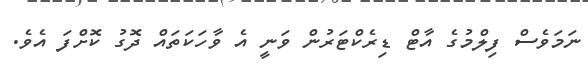
ނަމަވެސް ފިލްމުގެ އާޓް ޑިރެކްޓަރުން ވަނީ އެ ވާހަކަތައް ދޮގު ކޮށްފަ އެވެ.